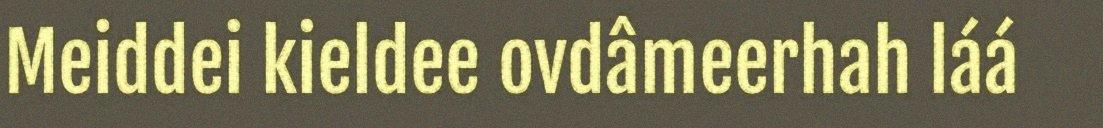
Meiddei kieldee ovdâmeerhah láá